Vaccination North-Western Provinces and Oudh 1896-1901 - 1896-1901
Year: 1896
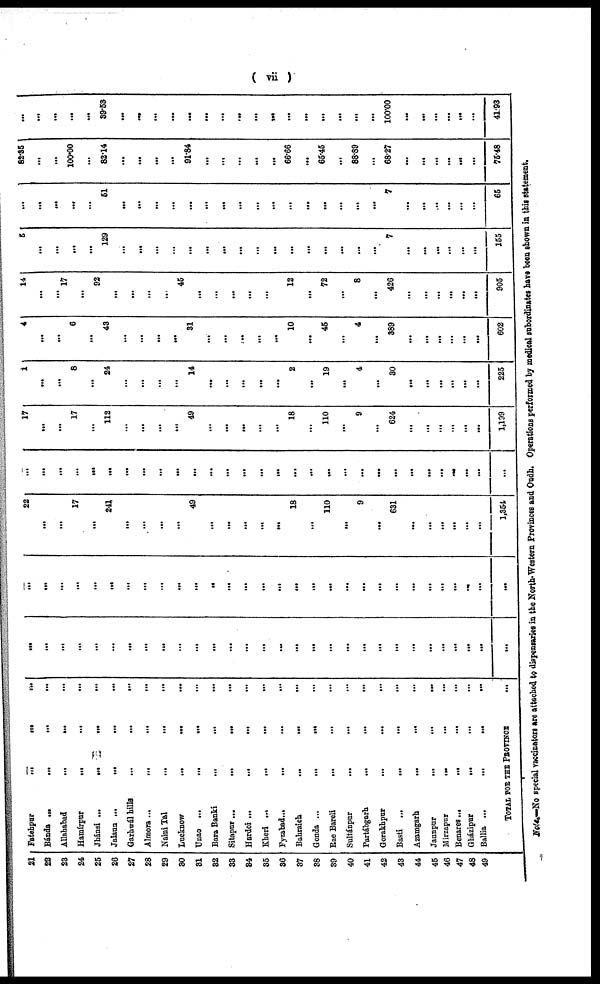
( vii )
21
22
23
24
25
26
27
28
29
30
31
32
33
34
35
36
37
38
39
40
41
42
43
44
45
46
47
48
49
Fatehpur
...
...
...
Bánda
...
...
...
...
Allahabad
...
...
...
Hamírpur
...
...
...
Jhánsi
...
... ... ...
Jalaun ...
...
...
...
Garhwál hills
...
...
...
Almora...
...
...
...
Naini Tal
... ... ...
Lucknow
...
...
...
Unao ...
...
...
...
Bara Banki
...
...
...
Sitapur...
...
...
...
Hardoi ...
...
...
...
Kheri ...
...
...
...
Fyzabad...
...
...
...
Bahraich
...
...
...
Gonda ...
...
...
...
Rae Bareli
...
...
Sultánpur
...
...
...
Partáhgarh
...
...
...
Gorakhpur
...
...
...
Basti ...
...
...
...
Azamgarh
...
...
...
Jaunpur
...
...
...
Mirzapur
...
... ...
Benares...
...
...
...
Gházipur
...
...
...
Ballia ... ... ...
TOTAL FOR THE PROVINCE ...
...
...
...
...
...
...
...
...
...
...
...
...
...
...
...
...
...
...
...
...
...
...
...
...
...
...
...
...
...
...
...
...
...
...
...
...
...
...
...
...
...
...
...
...
...
...
...
...
...
...
...
...
...
...
...
...
...
...
...
...
22
...
...
17
...
241
...
...
...
...
49
...
...
...
...
...
18
...
110
...
9
...
631
...
...
...
...
...
...
1,354
...
...
...
...
...
...
...
...
...
...
...
...
...
...
...
...
...
...
...
...
...
...
...
...
...
...
...
...
...
...
17
...
...
17
...
112
...
...
...
...
49
...
...
...
...
...
18
...
110
...
9
...
624
...
...
...
...
...
...
1,199
1
...
...
8
...
24
...
...
...
...
14
...
...
...
...
...
2
...
19
...
4
...
30
...
...
...
...
...
...
225
4
...
...
6
...
43
...
...
...
...
31
...
...
...
...
...
10
...
45
...
4
...
389
...
...
...
...
...
...
602
14
...
...
17
...
92
...
...
...
...
45
...
...
...
...
...
12
...
72
...
8
...
426
...
...
...
...
...
...
905
5
...
...
...
...
129
...
...
...
...
...
...
...
...
...
...
...
...
...
...
...
...
7
...
...
...
...
...
...
155
...
...
...
...
...
51
...
...
...
...
...
...
...
...
...
...
...
...
...
...
...
...
7
...
...
...
...
...
...
65
82.35
...
...
100.00
...
82.14
...
...
...
...
91.84
...
...
...
...
...
66.66
...
65.45
...
88.89
...
68.27
...
...
...
...
...
...
75.48
...
...
...
...
...
39.53
...
...
...
...
...
...
...
...
...
...
...
...
...
...
...
...
100.00
...
...
...
...
...
...
41.93
NOTE.—No special vaccinators are attached to dispensaries in the North-Western Provinces and Oudh. Operations performed by medical subordinates have been shown in this statement.